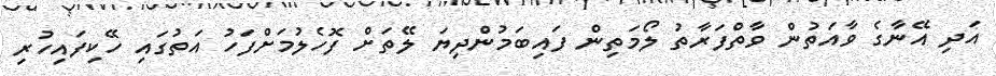
އަދި އޭނާގެ ވާއަތުން ވާތްފަރާތު ލޯމަތިން ފައިބަމުންދިޔަ ލޭތަށް ފޮހެލުމަށްފަހު އަތުގައި ހޭކިފައިހުރި